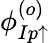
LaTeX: \phi_{Ip\uparrow}^{(o)}